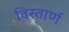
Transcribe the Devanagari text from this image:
विस्तार्ण